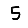
Digit: 5